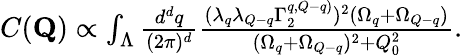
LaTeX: \begin{array}{r}{C(\mathbf{Q})\propto\int_{\Lambda}\frac{d^{d}q}{(2\pi)^{d}}\frac{(\lambda_{q}\lambda_{Q-q}\Gamma_{2}^{q,Q-q)})^{2}(\Omega_{q}+\Omega_{Q-q})}{(\Omega_{q}+\Omega_{Q-q})^{2}+Q_{0}^{2}}.}\end{array}